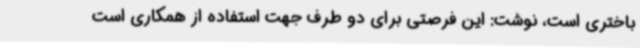
باختری است، نوشت: این فرصتی برای دو طرف جهت استفاده از همکاری است